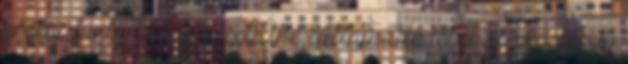
productivity, in turn, sets the sustainable level of prosperity